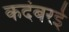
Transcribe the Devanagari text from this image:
कदंबरई